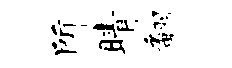
所睛翻